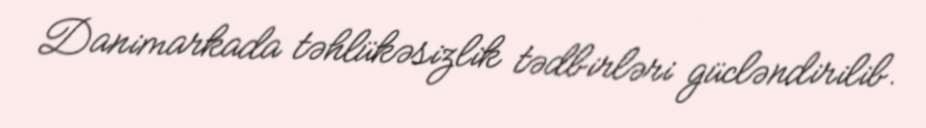
Danimarkada təhlükəsizlik tədbirləri gücləndirilib.